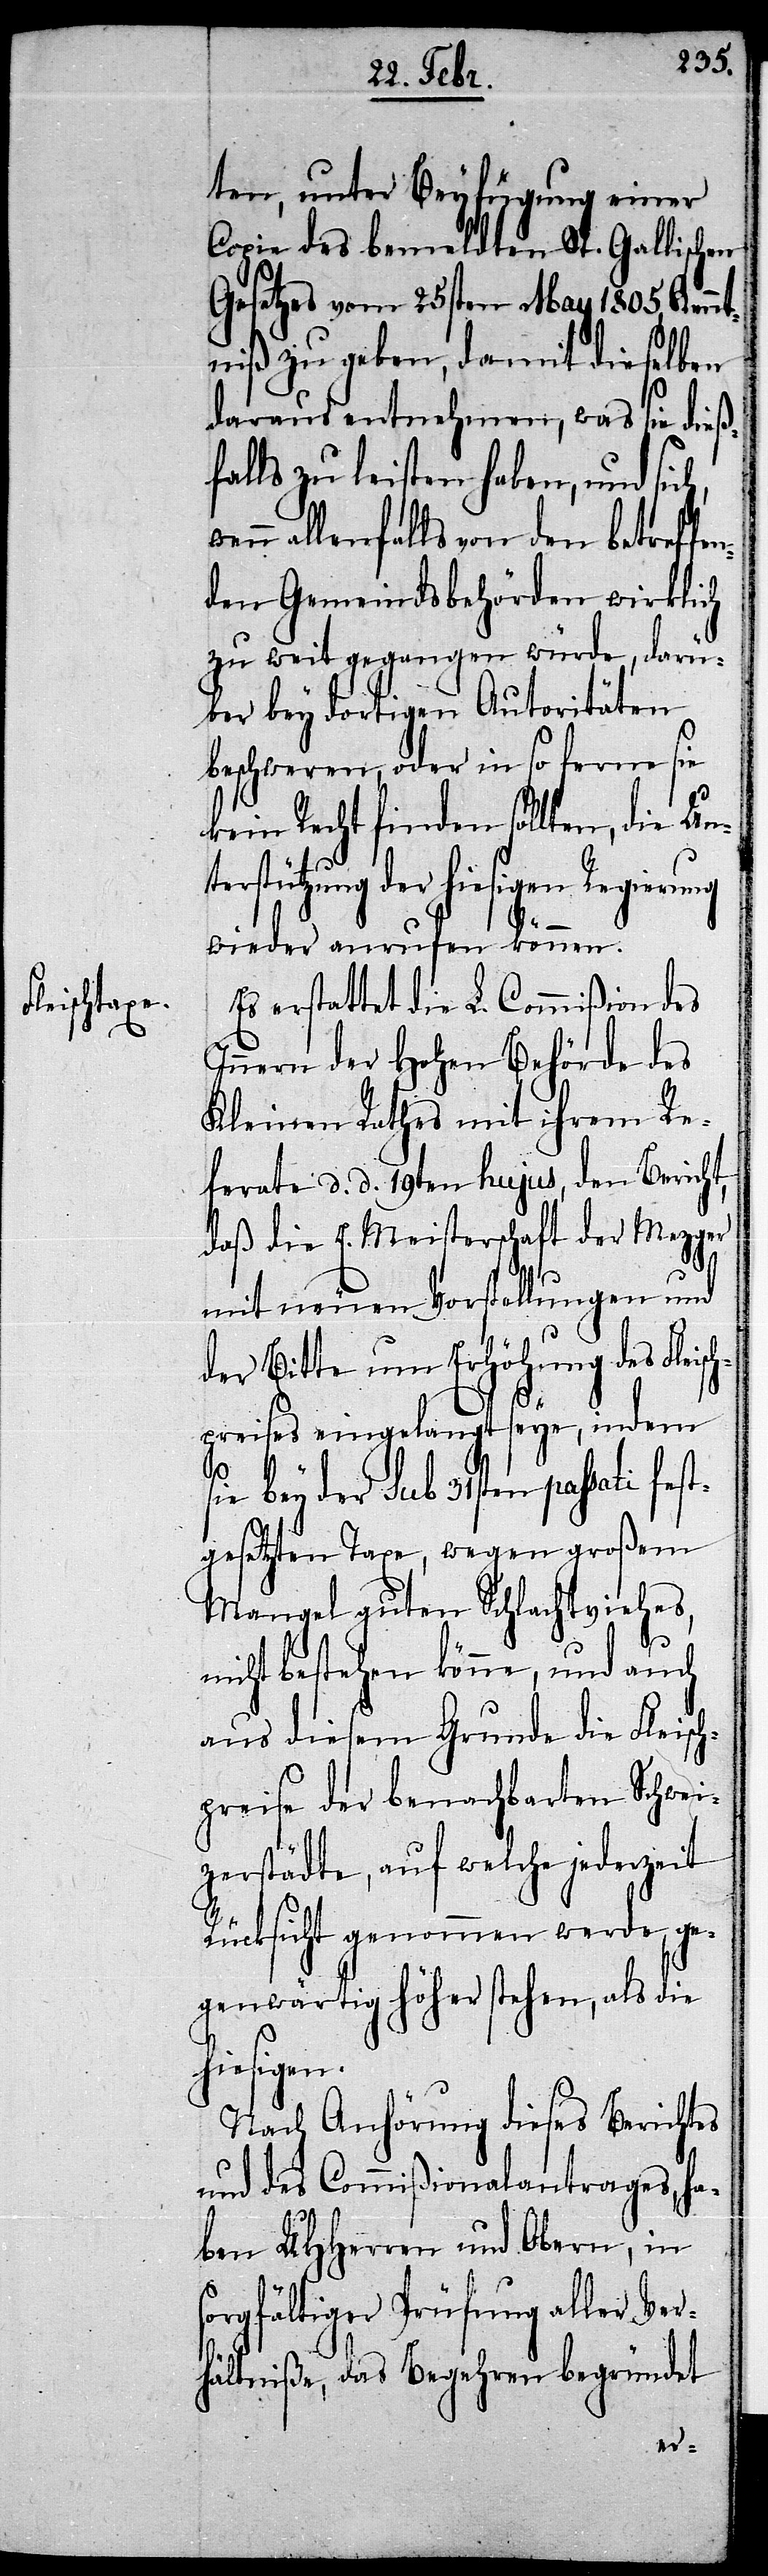
ten, unter Beyfügung einer
Copie des bemeldten St. Gallischen
Gesetzes vom 25sten May 1805, Kennt¬
niß zu geben, damit dieselben
daraus entnehmen, was sie dieß¬
falls zu leisten haben, und sic¬
allenfalls von den betreffe¬
nden Gemeindsbehörden wirklich
zu weit gegangen würde, darü¬
ber bey dortigen Autoritäten
beschweren, oder in so ferne sie
kein Recht finden sollten, die Unt¬
erstützung der hiesigen
wieder anrufen können.
Es erstattet die L. Commißion des
Innern der Hohen Behörde des
Kleinen Rathes mit ihrem Re¬
ferate d. d. 19ten hujus, den Bericht,
daß die E. Meisterschaft der Mezger
mit neuen Vorstellungen und
der Bitte um Erhöhung des Fleisc¬
hpreises eingelangt seye, indem
s¬
sie bey der sub 31sten passati fest¬
gesetzten Taxe, wegen großem
Mangel guten Schlachtviehes,
icht bestehen könne, und auch
aus diesem Grunde die Fleisch¬
preise der benachbarten Schwei¬
zerstädte, auf welche jederzeit
Rücksicht genommen werde, ge¬
genwärtig höher stehen, als die
hiesigen.
Nach Anhörung dieses Berichtes
und des Commißionalantrages, ha¬
ben UHHerren und Obern, in
orgfältiger Prüfung aller Ver¬
hältniße, das Begehren begründet